Lunatic asylums in Bengal annual reports 1912-1924 - 1912-1924
Year: 1912
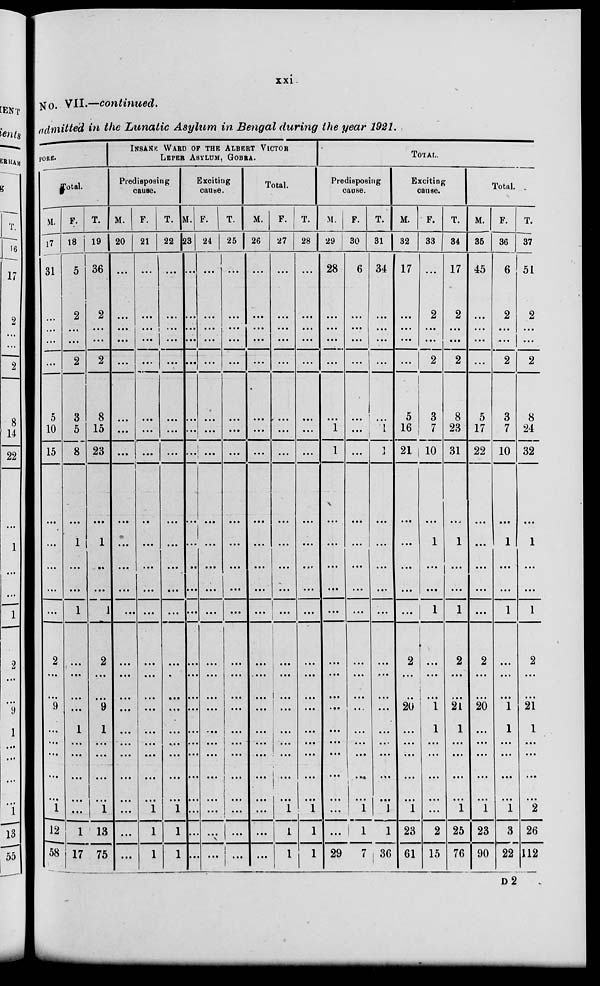
xxi
No. VII.—continued.
admitted in the Lunatic Asylum in Bengal during the year 1921.
Total.
Total.
M.
17
31
...
...
...
...
5
10
15
...
...
...
...
...
2
...
...
9
...
...
...
...
...
1
12
58
F.
18
5
2
...
...
2
3
5
8
...
1
...
...
1
...
...
…
…
1
...
...
...
…
…
1
17
T.
1 9
36
2
...
...
2
8
15
23
...
1
…
...
1
2
...
...
9
1
...
...
...
...
1
13
75
INSANE WARD OF THE ALBERT VICTOR
LEPER ASYLUM, GOBRA.
Predisposing
cause.
M.
20
...
...
...
...
...
…
…
...
...
...
...
...
...
...
...
…
…
...
...
...
...
…
…
...
...
F.
21
...
...
...
...
…
…
…
...
…
...
...
...
...
...
...
...
...
...
...
…
...
...
1
1
1
T.
22
...
...
...
…
...
…
…
...
...
...
...
...
...
...
…
…
…
...
...
...
...
…
1
1
1
Exciting
cause.
M.
23
...
...
...
...
...
…
...
...
...
...
…
...
...
...
...
…
…
...
...
...
...
…
…
…
…
F.
24
...
...
...
...
...
…
…
...
...
...
...
...
...
...
...
…
…
...
...
...
...
…
...
...
...
T.
25
...
...
...
...
...
…
…
...
...
...
...
...
...
...
...
…
…
…
...
...
…
…
…
...
…
Total.
M.
26
...
...
...
...
...
...
...
...
...
...
...
...
...
...
…
…
…
...
...
...
...
…
…
...
...
F.
27
...
...
...
...
...
…
…
...
...
...
...
...
...
...
...
…
...
...
…
…
…
...
1
1
1
T.
28
...
...
...
...
...
...
...
...
...
...
...
...
...
...
...
...
...
...
...
...
...
...
1
1
1
Total.
Predisposing
cause.
M.
29
28
...
...
...
...
...
1
1
...
...
...
...
...
...
...
...
…
…
...
...
...
...
...
...
29
F.
30
6
...
...
...
...
...
...
...
...
...
...
...
...
...
...
...
…
...
...
...
…
...
1
1
7
T.
31
34
…
...
...
...
…
1
1
...
...
...
...
...
...
...
...
...
...
...
...
…
...
1
1
36
Exciting
cause.
M.
32
17
...
...
...
...
5
16
21
...
...
...
...
...
2
...
…
20
...
...
…
...
...
1
23
61
F.
33
...
2
...
...
2
3
7
10
...
1
...
...
1
...
...
...
1
1
...
...
...
...
...
2
15
T.
34
17
2
...
...
2
8
23
31
…
1
...
...
1
2
...
...
21
1
...
...
...
...
1
25
76
Total.
M.
35
45
...
...
...
...
5
17
22
...
...
...
...
...
2
...
...
20
...
...
...
...
...
1
23
90
F.
36
6
2
...
...
2
3
7
10
...
1
...
…
1
...
...
...
1
1
...
...
...
...
1
3
22
T.
37
51
2
...
...
2
8
24
32
...
1
...
...
1
2
...
...
21
1
...
...
...
...
2
26
112
D 2